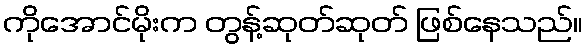
ကိုအောင်မိုးက တွန့်ဆုတ်ဆုတ် ဖြစ်နေသည်။